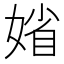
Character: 𡞞